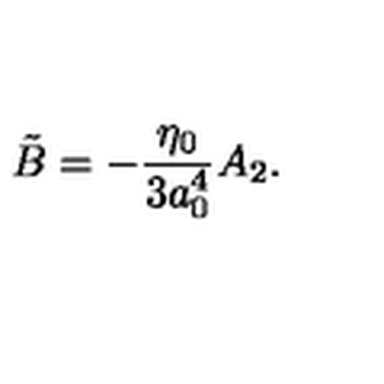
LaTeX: \tilde { B } = - { \frac { \eta _ { 0 } } { 3 a _ { 0 } ^ { 4 } } } A _ { 2 } .